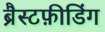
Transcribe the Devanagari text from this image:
ब्रैस्टफ़ीडिंग